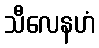
သီလေနဟံ